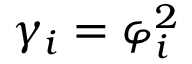
\gamma _ { i } = \varphi _ { i } ^ { 2 }